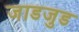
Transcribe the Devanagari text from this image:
जाडजुड